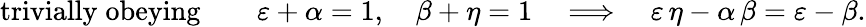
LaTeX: \mathrm{trivially\; obeying}\qquad\varepsilon+\alpha=1,\quad\beta+\eta=1\quad\Longrightarrow\quad\varepsilon\, \eta-\alpha\, \beta=\varepsilon-\beta.